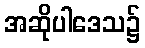
အဆိုပါဒေသ၌